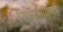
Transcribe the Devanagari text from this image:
निवारण्यासाठी